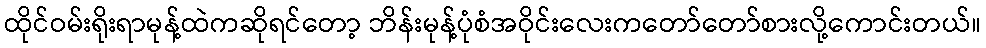
ထိုင်ဝမ်းရိုးရာမုန့်ထဲကဆိုရင်တော့ ဘိန်းမုန့်ပုံစံအဝိုင်းလေးကတော်တော်စားလို့ကောင်းတယ်။